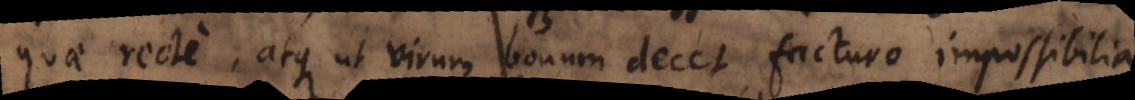
quae recte, atque ut virum bonum decet, facturo impossibilia